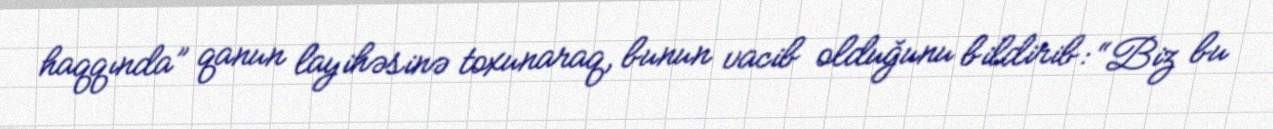
haqqında” qanun layihəsinə toxunaraq, bunun vacib olduğunu bildirib: “Biz bu